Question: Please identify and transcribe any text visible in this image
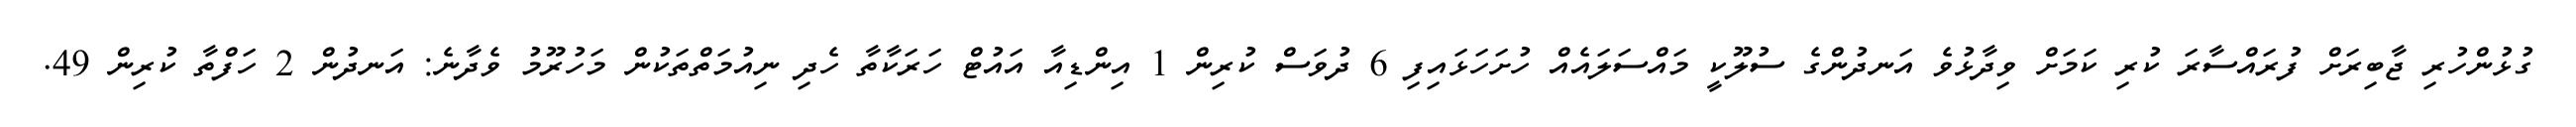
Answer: ގުޅުންހުރި ޖާބިރަށް ފުރައްސާރަ ކުރި ކަމަށް ވިދާޅުވެ އަނދުންގެ ސުލޫކީ މައްސަލައެއް ހުށަހަޅައިފި 6 ދުވަސް ކުރިން 1 އިންޑިއާ އައުޓް ހަރަކާތާ ހެދި ނިއުމަތްތަކުން މަހުރޫމު ވެދާނެ: އަނދުން 2 ހަފްތާ ކުރިން 49.